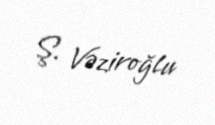
Ş. Vəziroğlu